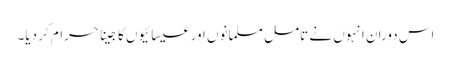
اس دوران انہوں نے تامل مسلمانوں اور عیسائیوں کا جینا حرام کر دیا۔